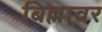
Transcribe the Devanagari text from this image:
बिल्लावर